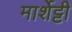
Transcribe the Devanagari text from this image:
मार्शेट्टी